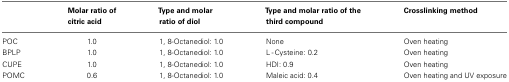
<table><thead><tr><td></td><td><b>Molar ratio of citric acid</b></td><td><b>Type and molar ratio of diol</b></td><td><b>Type and molar ratio of the third compound</b></td><td><b>Crosslinking method</b></td></tr></thead><tbody><tr><td>POC</td><td>1.0</td><td>1, 8-Octanediol: 1.0</td><td>None</td><td>Oven heating</td></tr><tr><td>BPLP</td><td>1.0</td><td>1, 8-Octanediol: 1.0</td><td>L - Cysteine: 0.2</td><td>Oven heating</td></tr><tr><td>CUPE</td><td>1.0</td><td>1, 8-Octanediol: 1.0</td><td>HDI: 0.9</td><td>Oven heating</td></tr><tr><td>POMC</td><td>0.6</td><td>1, 8-Octanediol: 1.0</td><td>Maleic acid: 0.4</td><td>Oven heating and UV exposure</td></tr></tbody></table>